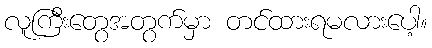
လူကြီးတွေအတွက်မှာ တင်ထားရမလားပေါ့။